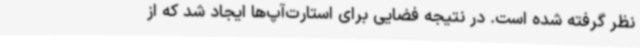
نظر گرفته شده است. در نتیجه فضایی برای استارت‌آپ‌ها ایجاد شد که از